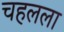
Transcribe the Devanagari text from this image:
चहलला